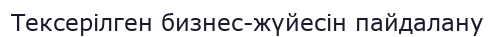
Тексерілген бизнес-жүйесін пайдалану